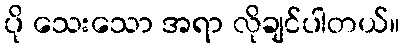
ပို သေးသော အရာ လိုချင်ပါတယ်။